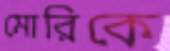
মোরিকে